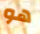
هو